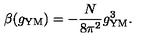
\beta ( g _ { \mathrm { Y M } } ) = - \frac { N } { 8 \pi ^ { 2 } } g _ { \mathrm { Y M } } ^ { 3 } .